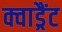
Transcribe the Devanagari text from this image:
क्वाड्रैंट